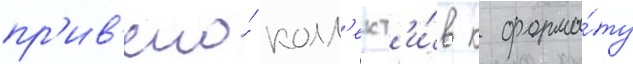
пр'ив'ело́ колл'ект'и́в к форма́ту